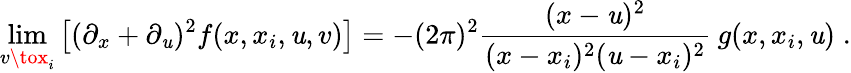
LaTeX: \operatorname*{lim}_{v\tox_{i}}\left[(\partial_{x}+\partial_{\mathit{u}})^{2}f(x,x_{i},\mathit{u},v)\right]=-(2\pi)^{2}\frac{{(x-\mathit{u})^{2}}}{{(x-x_{i})^{2}(\mathit{u}-x_{i})^{2}}}\: g(x,x_{i},\mathit{u})\; .